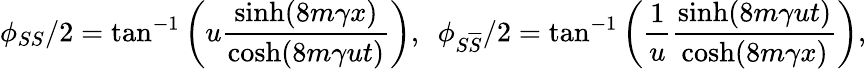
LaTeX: \phi_{SS}/2=\tan^{-1}\left(u\frac{\sinh(8m\gamma x)}{\cosh(8m\gamma ut)}\right),\, \, \, \phi_{S\overline{{{S}}}}/2=\tan^{-1}\left(\frac{1}{u}\frac{\sinh(8m\gamma ut)}{\cosh(8m\gamma x)}\right),